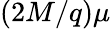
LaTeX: \left(2M/q\right)\mu